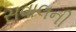
સવાલની